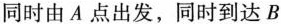
同时由A点出发，同时到达B